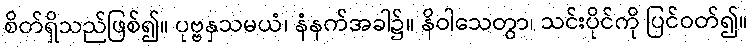
စိတ်ရှိသည်ဖြစ်၍။ ပုဗ္ဗနှသမယံ၊ နံနက်အခါ၌။ နိဝါသေတွာ၊ သင်းပိုင်ကို ပြင်ဝတ်၍။